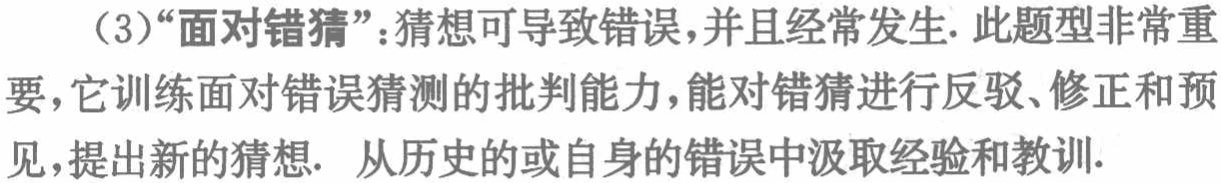
（3）“面对错猜”：猜想可导致错误，并且经常发生. 此题型非常重要，它训练面对错误猜测的批判能力，能对错猜进行反驳、修正和预见，提出新的猜想. 从历史的或自身的错误中汲取经验和教训.